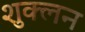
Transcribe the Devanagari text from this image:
शुक्लन